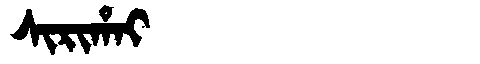
Manchu: ᠰᡳᡵᡳᡥᠠᡳ
Romanization: SIRIHAI